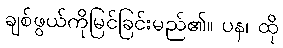
ချစ်ဖွယ်ကိုမြင်ခြင်းမည်၏။ ပန၊ ထို